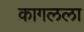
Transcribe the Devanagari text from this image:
कागलला